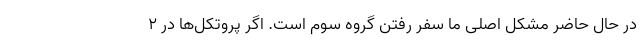
در حال حاضر مشکل اصلی ما سفر رفتن گروه سوم است. اگر پروتکل‌ها در ۲